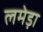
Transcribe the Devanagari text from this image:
लमेड़ा